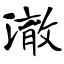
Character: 澈